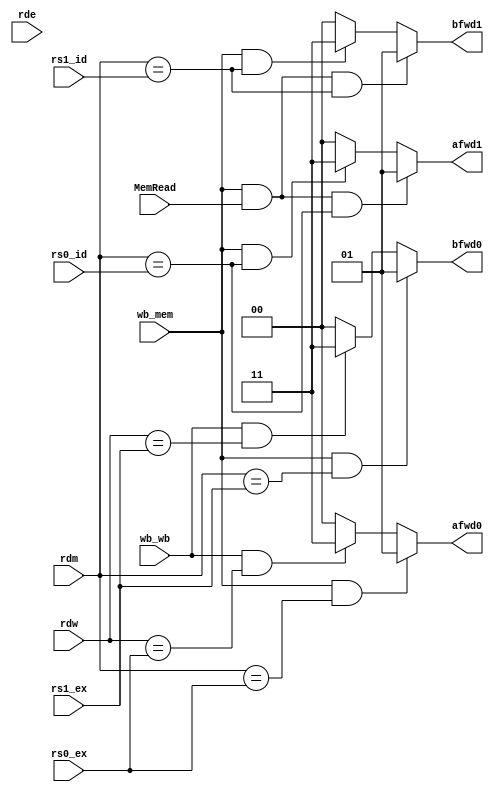
`timescale 1ns / 1ps
//////////////////////////////////////////////////////////////////////////////////
// Company: USTC
// Engineer: 
// 
// Design Name: 
// Module Name: forwarding
// Project Name: 
// Target Devices: 
// Tool Versions: 
// Description: 
// 
// Dependencies: 
// 
// Revision:
// Revision 0.01 - File Created
// Additional Comments:
// 
//////////////////////////////////////////////////////////////////////////////////


module forwarding(
    
    input[0:0]wb_mem,
    input[0:0]wb_wb,
    input[0:0]MemRead,
    input[4:0]rs0_ex,
    input[4:0]rs1_ex,
    input[4:0]rs0_id,
    input[4:0]rs1_id,
    input[4:0]rde,
    input[4:0]rdm,
    input[4:0]rdw,
    
    output reg[1:0]afwd0,
    output reg[1:0]bfwd0,
    output reg[1:0]afwd1,
    output reg[1:0]bfwd1
);

    always @(*) begin

        if(wb_mem&&rdm==rs0_ex)begin
            afwd0=1;
        end else if(wb_wb&&rdw==rs0_ex)begin
            afwd0=3;
        end else begin
            afwd0=0;
        end
        if(wb_mem&&rdm==rs1_ex)begin
            bfwd0=1;
        end else if(wb_wb&&rdw==rs1_ex)begin
            bfwd0=3;
        end else begin
            bfwd0=0;
        end

        if(wb_mem&&MemRead&&rdm==rs0_id)begin
            afwd1=1;
        end else if(wb_mem&&rdm==rs0_id)begin
            afwd1=3;
        end else begin
            afwd1=0;
        end
        if(wb_mem&&MemRead&&rdm==rs1_id)begin
            bfwd1=1;
        end else if(wb_mem&&rdm==rs1_id)begin
            bfwd1=3;
        end else begin
            bfwd1=0;
        end

    end

endmodule